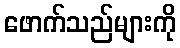
ဖောက်သည်များကို